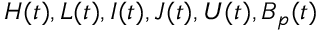
H ( t ) , L ( t ) , I ( t ) , J ( t ) , U ( t ) , B _ { p } ( t )